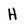
Character: H